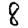
Digit: 8